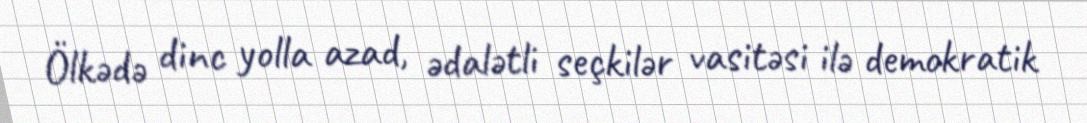
Ölkədə dinc yolla azad, ədalətli seçkilər vasitəsi ilə demokratik